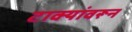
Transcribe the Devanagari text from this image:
टाक्यांवरून